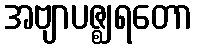
အဗျာပဇ္ဈရတော